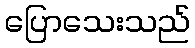
ပြောသေးသည်